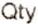
QTY